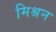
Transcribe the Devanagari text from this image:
मिश्रन